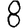
Digit: 8